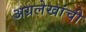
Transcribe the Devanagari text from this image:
अग्रलेखांची